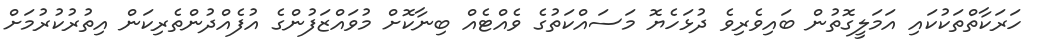
ހަރަކާތްތަކުކައި އަމަލީގޮތުން ބައިވެރިވެ ދުޅަހެޔޮ މަސައްކަތުގެ ވެއްޓެއް ބިނާކޮށް މުވައްޒަފުންގެ އުފެއްދުންތެރިކަން އިތުރުކުރުމަށް